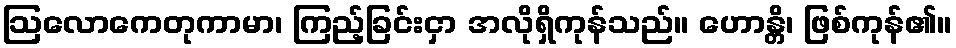
ဩလောကေတုကာမာ၊ ကြည့်ခြင်းငှာ အလိုရှိကုန်သည်။ ဟောန္တိ၊ ဖြစ်ကုန်၏။